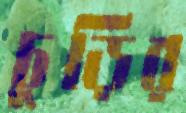
চুড়ির